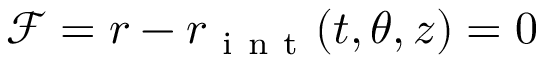
\mathcal { F } = r - r _ { \mathrm { ~ i ~ n ~ t ~ } } ( t , \theta , z ) = 0